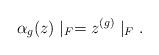
LaTeX: \begin{align*} \alpha_g(z)\mid_F = z^{(g)}\mid_F.\end{align*}